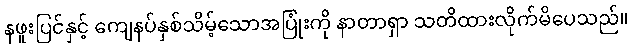
နဖူးပြင်နှင့် ကျေနပ်နှစ်သိမ့်သောအပြုံးကို နာတာရှာ သတိထားလိုက်မိပေသည်။